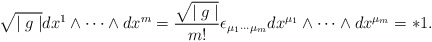
\begin{align*}\sqrt{\mid g\mid} dx^{1} \wedge \cdots \wedge dx^{m} = \frac{\sqrt{\mid g\mid}}{m!}\epsilon_{\mu_1\cdots\mu_m}dx^{\mu_1}\wedge\cdots \wedge dx^{\mu_{m}} = * 1 .\end{align*}